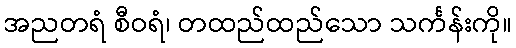
အညတရံ စီဝရံ၊ တထည်ထည်သော သင်္ကန်းကို။